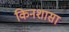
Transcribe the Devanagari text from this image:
किनशासा